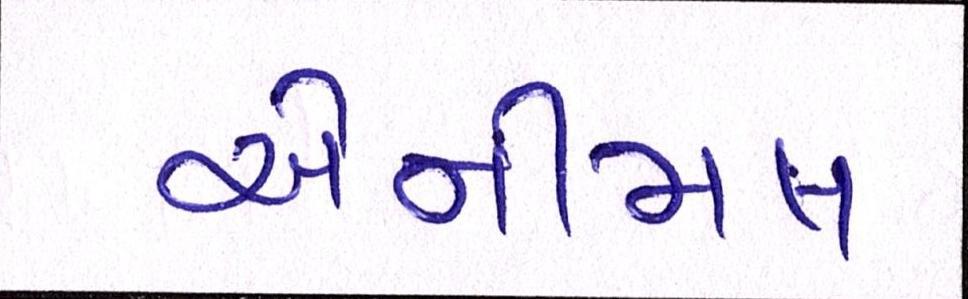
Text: એનીમલ